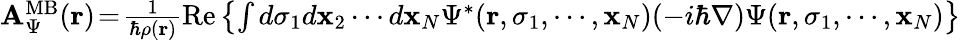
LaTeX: \begin{array}{r}{{\mathbf A}_{\Psi}^{\mathrm{MB}}({\mathbf r})\! =\! {\frac{1}{\hbar\rho({\mathbf r})}}\mathrm{Re}\left\{ \int d\sigma_{1}d{\mathbf x}_{2}\cdots d{\mathbf x}_{N}\Psi^{\ast}({\mathbf r},\sigma_{1},\cdots,{\mathbf x}_{N})(-i\hbar\nabla)\Psi({\mathbf r},\sigma_{1},\cdots,{\mathbf x}_{N})\right\} }\end{array}